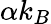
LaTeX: \alpha k_{B}